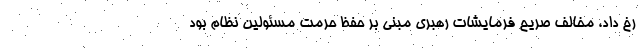
رخ داد، مخالف صریح فرمایشات رهبری مبنی بر حفظ حرمت مسئولین نظام بود